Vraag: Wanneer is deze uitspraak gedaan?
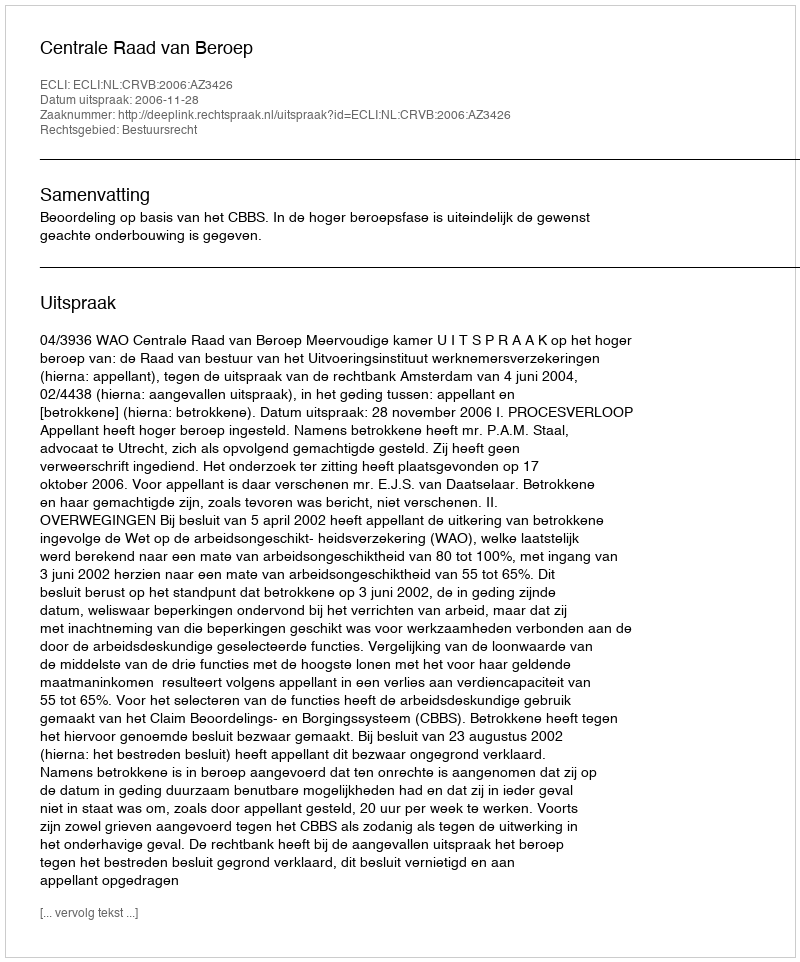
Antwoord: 2006-11-28